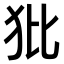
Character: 𤜻